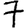
Digit: 7